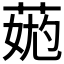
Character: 𦳹